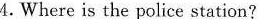
4.Where is the police station?